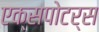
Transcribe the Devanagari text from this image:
एक्सपोटर्स